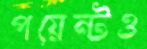
পয়েন্টও